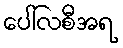
ပေါ်လစီအရ